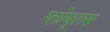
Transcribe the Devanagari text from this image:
ग्लोबूलस